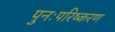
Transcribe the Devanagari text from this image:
पुनःपरिष्करण